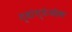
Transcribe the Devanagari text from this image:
ग्वांग्येओक